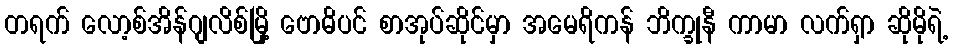
တရက် လော့စ်အိန်ဂျလိစ်မြို့ ဗောဓိပင် စာအုပ်ဆိုင်မှာ အမေရိကန် ဘိက္ခုနီ ကာမာ လက်ရှာ ဆိုမိုရဲ့